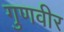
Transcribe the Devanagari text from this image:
गुणवीर